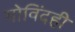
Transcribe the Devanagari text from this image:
गोविंदही